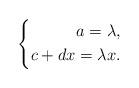
LaTeX: \begin{align*}\left\{\begin{aligned}a=\lambda,\\c+dx=\lambda x.\end{aligned}\right.\end{align*}